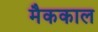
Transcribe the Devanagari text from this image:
मैककाल